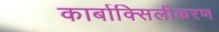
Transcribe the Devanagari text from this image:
कार्बाक्सिलीकरण